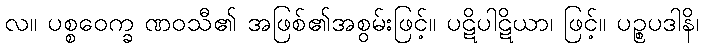
လ။ ပစ္စဝေက္ခ ဏဝသီ၏ အဖြစ်၏အစွမ်းဖြင့်။ ပဋိပါဋိယာ၊ ဖြင့်။ ပဉ္စပဒါနိ၊